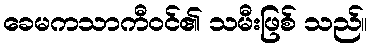
ခေမကသာကီဝင်၏ သမီးဖြစ် သည်။